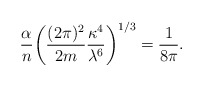
\begin{align*}{\alpha \over n}\bigg( {(2\pi)^2 \over 2 m } {\kappa^4 \over \lambda^6} \bigg)^{1/3} ={1 \over 8 \pi}.\end{align*}